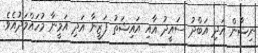
ނިޝާން އަދި އަބްދު ސައީދު އާއި އައިޝަތު ފަޒީނާ އަދި އަމީނާ މުހައްމަދުއެވެ.